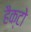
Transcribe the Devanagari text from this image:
हैक्टो